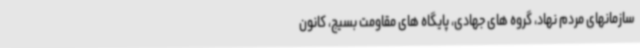
سازمانهای مردم نهاد، گروه های جهادی، پایگاه های مقاومت بسیج، کانون